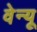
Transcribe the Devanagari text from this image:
वेन्यू